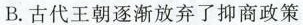
B.古代王朝逐渐放弃了抑商政策